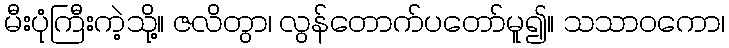
မီးပုံကြီးကဲ့သို့။ ဇလိတွာ၊ လွန်တောက်ပတော်မူ၍။ သသာဝကော၊